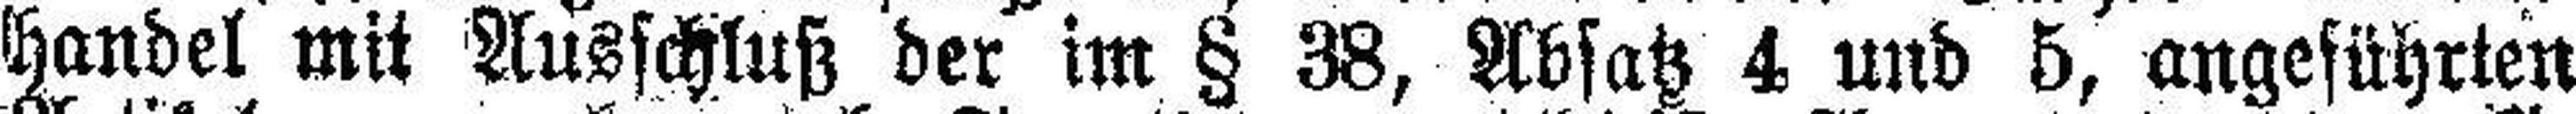
handel mit Ausschluß der im § 38, Absatz 4 und 5, angeführten